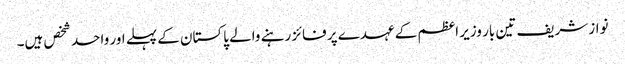
نواز شریف تین بار وزیر اعظم کے عہدے پر فائز رہنے والے پاکستان کے پہلے اور واحد شخص ہیں۔